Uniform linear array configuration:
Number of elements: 48
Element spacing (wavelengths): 0.75
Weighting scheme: kaiser
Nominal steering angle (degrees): -15
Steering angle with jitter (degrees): -15.983
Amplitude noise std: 0.05
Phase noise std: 0.05

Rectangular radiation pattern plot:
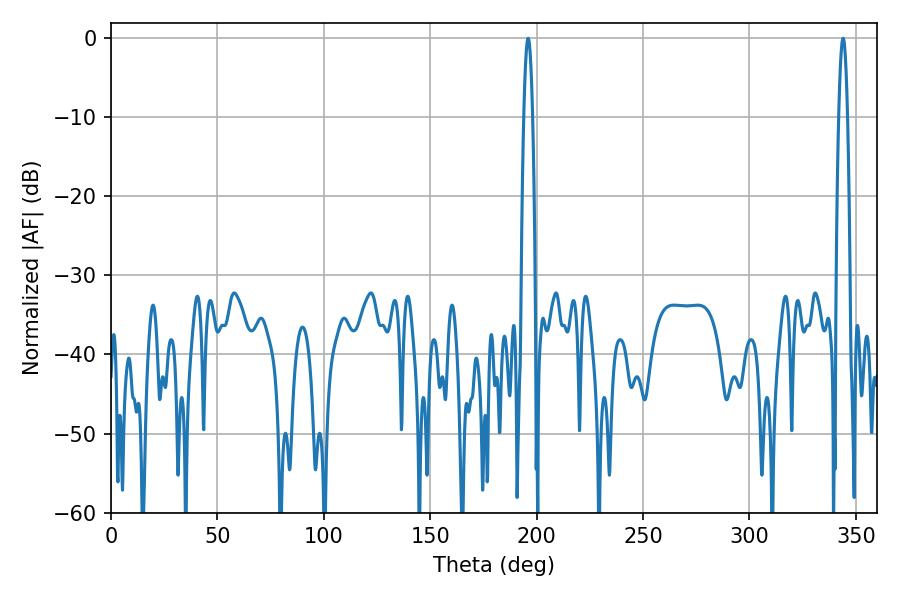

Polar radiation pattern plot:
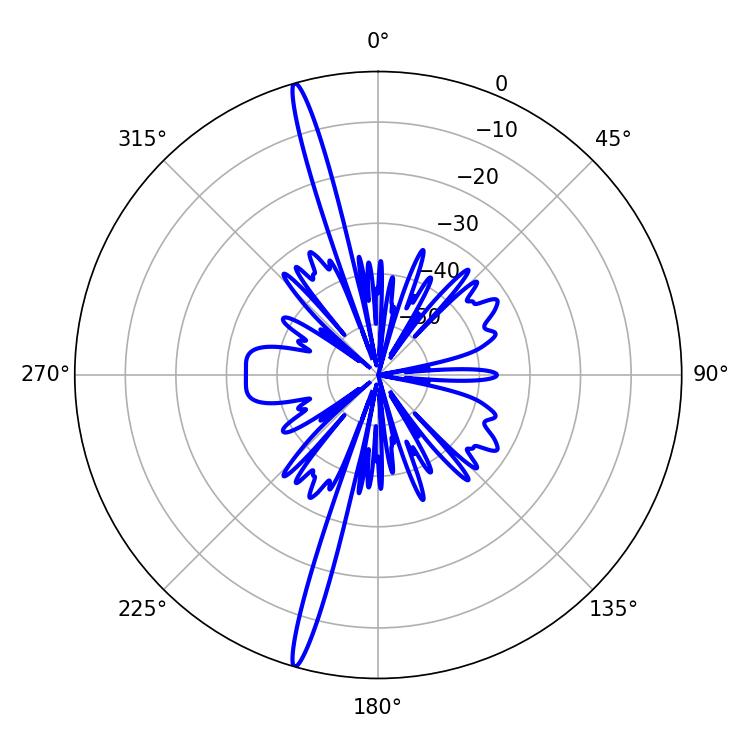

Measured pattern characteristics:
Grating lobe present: TRUE
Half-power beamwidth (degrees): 2.16
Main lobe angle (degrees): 343.98